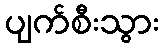
ပျက်စီးသွား